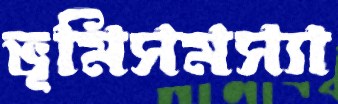
ভূমিসমস্যা